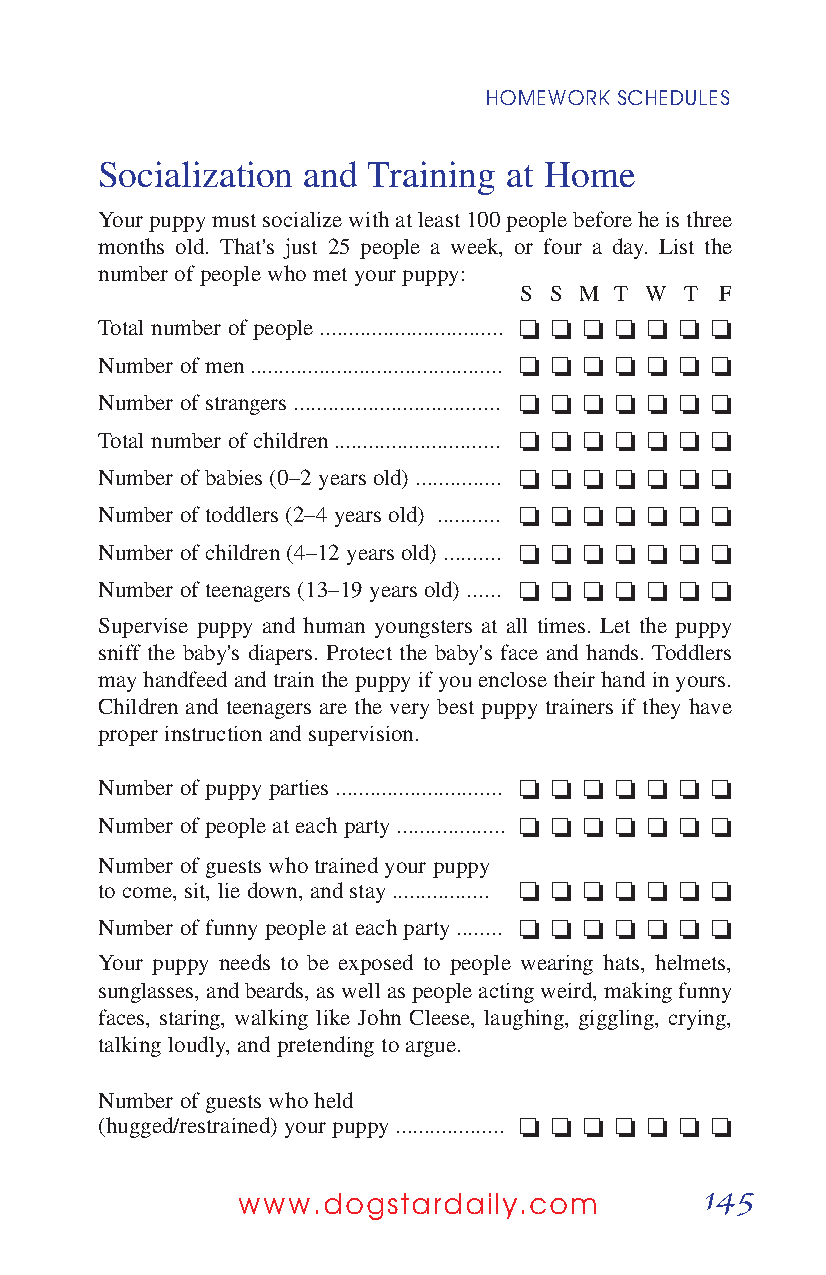
HOMEWORK SCHEDULES
 Socialization and Training  at Home
 Your puppy must socialize with at least 100 people before he is three
 months old. That's just 25 people a week, or four a day. List the
 number of people who met your puppy:
 S S M  T W T  F
 Total number of people ................................ o o o o o o o
 Number of men ............................................ o o o o o o o
 Number of strangers .................................... o o o o o o o
 Total number of children ............................. o o o o o o o
 Number of babies (0–2 years old) ............... o o o o o o o
 Number of toddlers (2–4 years old) ........... o o o o o o o
 Number of children (4–12 years old) .......... o o o o o o o
 Number of teenagers (13–19 years old) ...... o o o o o o o
 Supervise puppy and human youngsters at all times. Let the puppy
 sniff the baby's diapers. Protect the baby's face and hands. Toddlers
 may handfeed and train the puppy if you enclose their hand in yours.
 Children and teenagers are the very best puppy trainers if they have
 proper instruction and supervision.
 Number of puppy parties ............................. o o o o o o o
 Number of people at each party ................... o o o o o o o
 Number of guests who trained your puppy
 to come, sit, lie down, and stay ................. o o o o o o o
 Number of funny people at each party ........ o o o o o o o
 Your puppy needs to be exposed to people wearing hats, helmets,
 sunglasses, and beards, as well as people acting weird, making funny
 faces, staring, walking like John Cleese, laughing, giggling, crying,
 talking loudly, and pretending to argue.
 Number of guests who held
 (hugged/restrained) your puppy ................... o o o o o o o
 145
 www.dogstardaily.com